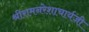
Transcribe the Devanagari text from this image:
श्रीरामनरेशाचार्यजी